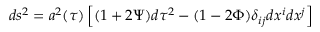
d s ^ { 2 } = a ^ { 2 } ( \tau ) \left[ ( 1 + 2 \Psi ) d \tau ^ { 2 } - ( 1 - 2 \Phi ) \delta _ { i j } d x ^ { i } d x ^ { j } \right]